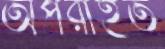
অপরাহত